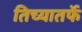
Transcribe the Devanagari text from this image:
तिच्यातर्फे